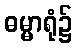
ဓမ္မာရုံ၌